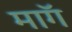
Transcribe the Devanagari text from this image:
माॅग